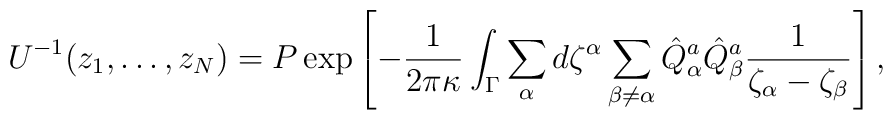
U^{-1}(z_1,\dots,z_N) = P \exp\left[-{1\over 2\pi\kappa} \int_\Gamma\sum_\alpha d\zeta^\alpha  \sum_{\beta\not=\alpha}\hat Q^a_\alpha \hat Q^a_\beta{1\over \zeta_\alpha -\zeta_\beta}\right],